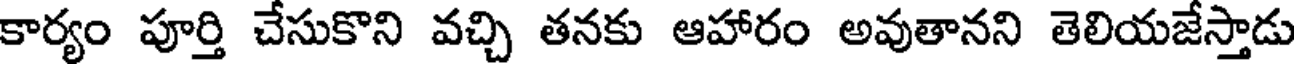
కార్యం పూర్తి చేసుకొని వచ్చి తనకు ఆహారం అవుతానని తెలియజేస్తాడు